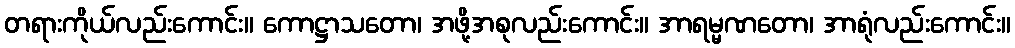
တရားကိုယ်လည်းကောင်း။ ကောဋ္ဌာသတော၊ အဖို့အစုလည်းကောင်း။ အာရမ္မဏတော၊ အာရုံလည်းကောင်း။